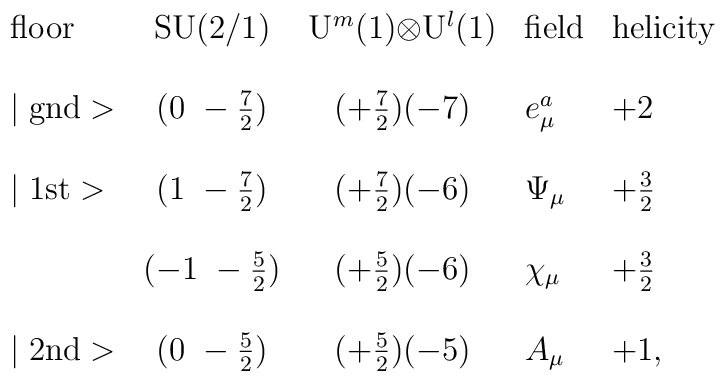
\begin{array}{lccll}\mbox{floor}     & \mbox{SU(2/1)}     & \mbox{U$^m$(1)$\otimes$U$^l$(1)}& \mbox{field}      & \mbox{helicity} \\\\\mid \mbox{gnd}> & (0~-\frac{7}{2})   & (+\frac{7}{2})(-7)& e_\mu^a           & +2 \\\\\mid \mbox{1st}> & (1~-\frac{7}{2})   & (+\frac{7}{2})(-6)& \Psi_\mu          & +\frac{3}{2} \\\\                 & (-1~-\frac{5}{2})  & (+\frac{5}{2})(-6)                 & \chi_\mu          & +\frac{3}{2} \\\\\mid \mbox{2nd}> & (0~-\frac{5}{2})   & (+\frac{5}{2})(-5)& A_\mu             & +1, \\\end{array}